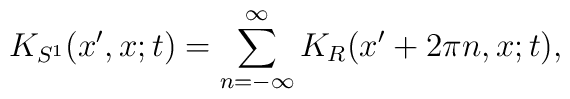
K_{S^1} ( x', x ; t )	=	\sum_{ n = - \infty }^{ \infty }	K_{R} ( x' + 2 \pi n , x ; t ),